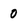
Character: 0